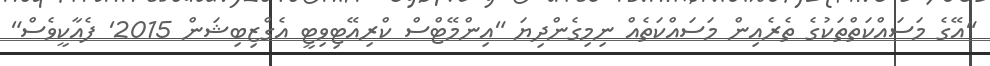
"އޭގެ މަސައްކަތްތަކުގެ ތެރެއިން މަސައްކަތެއް ނިމިގެންދިޔަ "އިންމޭޓްސް ކްރިއޭޓިވިޓީ އެގްޒިބިޝަން 2015' ފެއާކީވެސް"